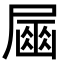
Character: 𡳘